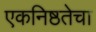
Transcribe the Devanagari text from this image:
एकनिष्ठतेचा